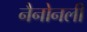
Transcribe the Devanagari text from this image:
नैनोनली